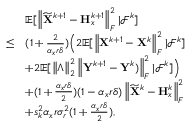
\begin{array} { r l } & { { \mathbb { E } } [ \left\| \widetilde { { \mathbf { X } } } ^ { k + 1 } - { \mathbf { H } } _ { x } ^ { k + 1 } \right\| _ { F } ^ { 2 } \vert { \mathcal { F } } ^ { k } ] } \\ { \leq } & { ( 1 + \frac { 2 } { \alpha _ { x } r \delta } ) \Big ( 2 { \mathbb { E } } [ \left\| { \mathbf { X } } ^ { k + 1 } - { \mathbf { X } } ^ { k } \right\| _ { F } ^ { 2 } \vert { \mathcal { F } } ^ { k } ] } \\ & { + 2 { \mathbb { E } } [ \left\| \Lambda \right\| _ { 2 } ^ { 2 } \left\| { \mathbf { Y } } ^ { k + 1 } - { \mathbf { Y } } ^ { k } ) \right\| _ { F } ^ { 2 } \vert { \mathcal { F } } ^ { k } ] \Big ) } \\ & { + ( 1 + \frac { \alpha _ { x } r \delta } { 2 } ) ( 1 - \alpha _ { x } r \delta ) \left\| \widetilde { { \mathbf { X } } } ^ { k } - { \mathbf { H } } _ { x } ^ { k } \right\| _ { F } ^ { 2 } } \\ & { + s _ { k } ^ { 2 } \alpha _ { x } r \sigma _ { r } ^ { 2 } ( 1 + \frac { \alpha _ { x } r \delta } { 2 } ) , } \end{array}